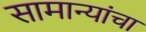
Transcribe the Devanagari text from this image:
सामान्यांचा